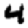
Digit: 4